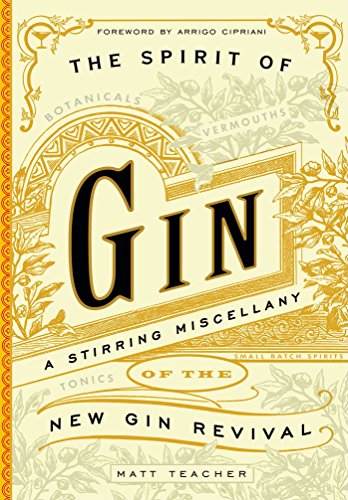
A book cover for The Spirit of Gin: A Stirring Miscellany of the New Gin Revival; Matt Teacher; Cookbooks, Food & Wine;